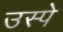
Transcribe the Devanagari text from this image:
उस्पे